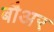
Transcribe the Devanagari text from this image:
बौअर